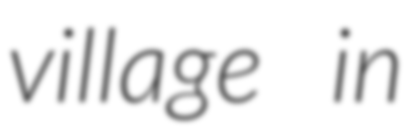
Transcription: village in